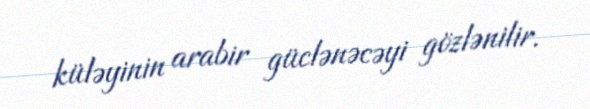
küləyinin arabir güclənəcəyi gözlənilir.